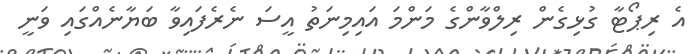
އެ ރިޕޯޓާ ގުޅިގެން ރިލްވާންގެ މަންމަ އައިމިނަތު އީސަ ނެރެފައިވާ ބަޔާނެއްގައި ވަނީ